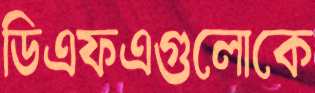
ডিএফএগুলোকে